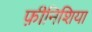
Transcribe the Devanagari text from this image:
फ़ीनिशिया